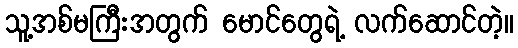
သူ့အစ်မကြီးအတွက် မောင်တွေရဲ့ လက်ဆောင်တဲ့။